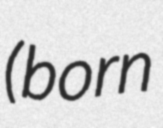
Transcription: (born